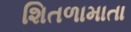
શિતળામાતા